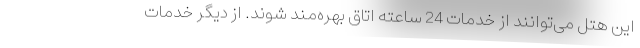
این هتل می‌توانند از خدمات 24 ساعته اتاق بهره‌مند شوند. از دیگر خدمات